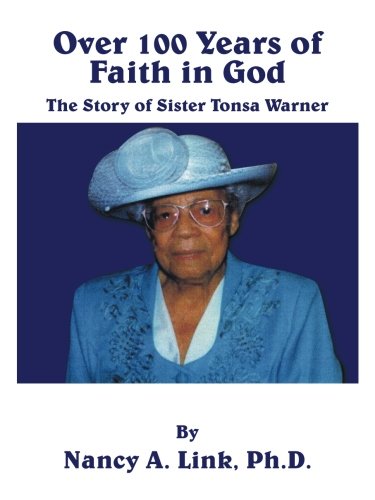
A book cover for Over 100 Years Of Faith In God: The Story Of Sister Tonsa Warner; Nancy A. Link Ph.D.; Biographies & Memoirs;